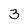
Character: 3